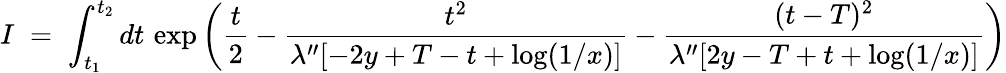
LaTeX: I\; =\; \int_{t_{1}}^{t_{2}}dt\, \exp\left(\frac{t}{2}-\frac{t^{2}}{\lambda^{\prime\prime}[-2y+T-t+\log(1/x)]}-\frac{(t-T)^{2}}{\lambda^{\prime\prime}[2y-T+t+\log(1/x)]}\right)